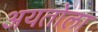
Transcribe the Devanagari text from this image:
अयतोला